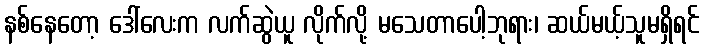
နစ်နေတော့ ဒေါ်လေးက လက်ဆွဲယူ လိုက်လို့ မသေတာပေါ့ဘုရား၊ ဆယ်မယ့်သူမရှိရင်